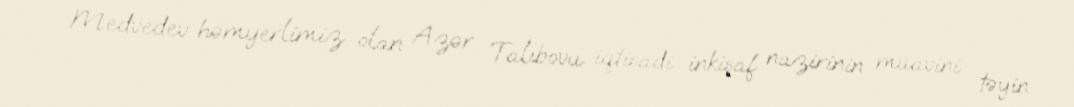
Medvedev həmyerlimiz olan Azər Talıbovu iqtisadi inkişaf nazirinin müavini təyin